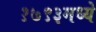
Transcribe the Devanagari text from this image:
१७९३मध्ये